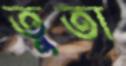
তুতা